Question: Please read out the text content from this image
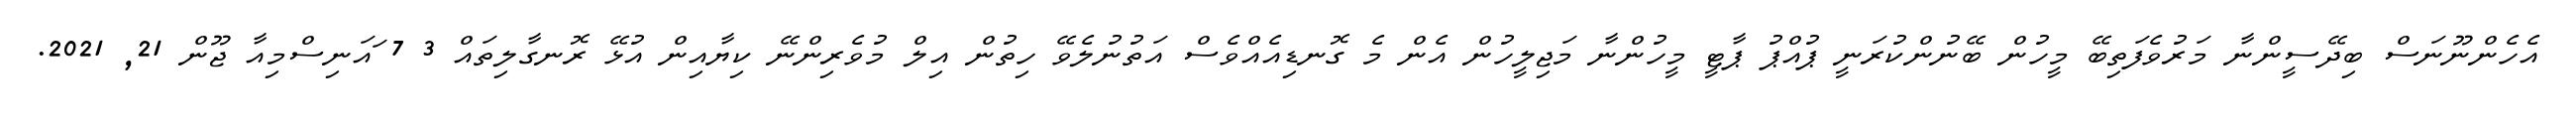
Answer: އެހެންނޫނަސް ބިދޭސީންނާ މަރުވެފަތިބޭ މީހުން ބޭނުންކުރަނީ ޕުއްޕު ޕާޓީ މީހުންނާ މަޖިލީހުން އެން މެ ގޮނޑިއެއްވެސް އަތުނުލެވޭ ހިތުން އިލް މުވެރިންނޭ ކިޔާއިން އުޅޭ ރޮނގާލިތައް 3 7 ައަނިސްމިއާ ޖޫން 21, 2021.